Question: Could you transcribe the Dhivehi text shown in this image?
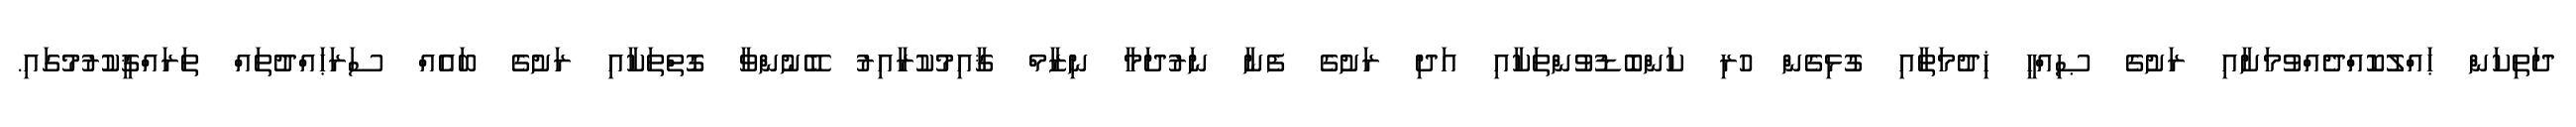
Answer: ދަތިކަން ޙައްލުކޮއްދެއްވުމަށާއި ރަށުގެ ޞިއްޙީ ޚިދުމަތާއި ގުޅިގެން ހުރި ކަންބޮޑުވުންތަކާއި އަދި ރަށުގެ ފެނާ ނަރުދަމާ ނިޒާމް ޤާއިމުކުރާއިރު ބޭނުންވާ ގޮތްތަކާއި ރަށުގެ ބައެއް ސަރަޙައްދުތައް ތަރައްޤީކުރުމުގައި.